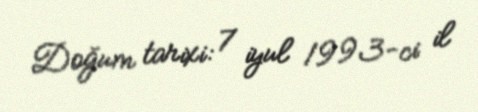
Doğum tarixi: 7 iyul 1993-ci il